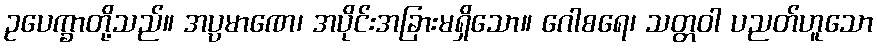
ဥပေက္ခာတို့သည်။ အပ္ပမာဏေ၊ အပိုင်းအခြားမရှိသော။ ဂေါစရေ၊ သတ္တဝါ ပညတ်ဟူသော